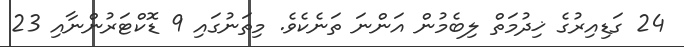
24 ގަޑިއިރުގެ ޚިދުމަތް ލިބެމުން އަންނަ ތަނެކެވެ. މިތަނުގައި 9 ޑޮކްޓަރުންނާއި 23